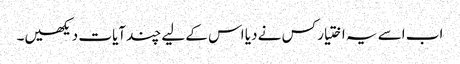
اب اسے یہ اختیار کس نے دیا اس کے لیے چند آیات دیکھیں۔